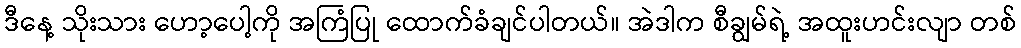
ဒီနေ့ သိုးသား ဟော့ပေါ့ကို အကြံပြု ထောက်ခံချင်ပါတယ်။ အဲဒါက စီချွမ်ရဲ့ အထူးဟင်းလျာ တစ်